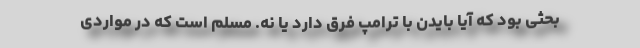
بحثی بود که آیا بایدن با ترامپ فرق دارد یا نه. مسلم است که در مواردی